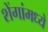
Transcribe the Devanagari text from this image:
शेंगांमध्ये